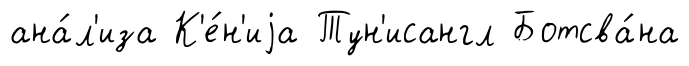
ана́л'иза К'е́н'иjа Тун'исангл Ботсва́на